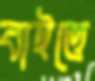
বাইত্তে